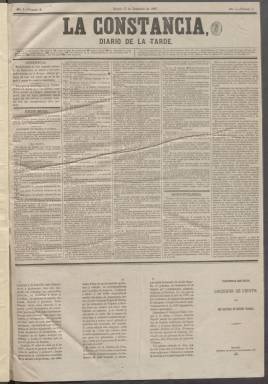
Título: La Constancia (Madrid)
Colección: Periódicos
Ámbito geográfico: Madrid
Lugar de publicación: Madrid
Fechas: 17/12/1867-05/10/1868